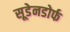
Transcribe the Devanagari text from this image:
सूडेनडोर्फ